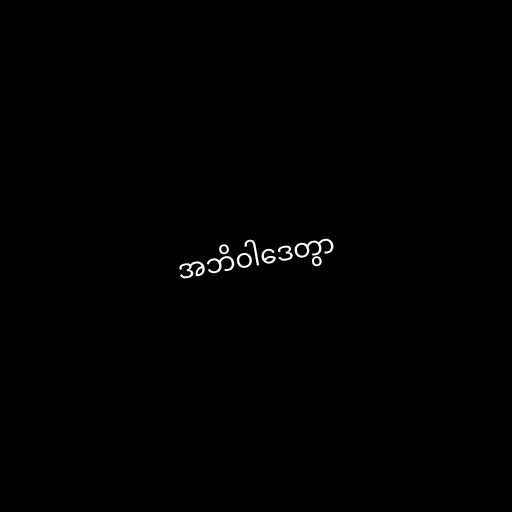
အဘိဝါဒေတွာ